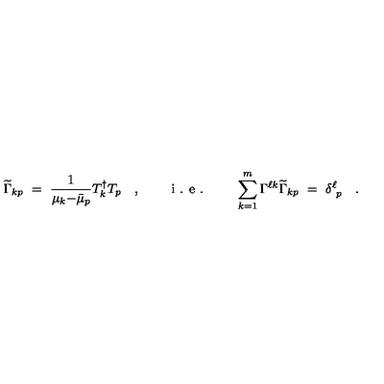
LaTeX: \widetilde { \Gamma } _ { k p } \ = \ \frac { 1 } { \mu _ { k } { - } \bar { \mu } _ { p } } T _ { k } ^ { \dagger } T _ { p } \quad , \qquad \textrm { i . e . } \qquad \sum _ { k = 1 } ^ { m } \Gamma ^ { \ell k } \widetilde { \Gamma } _ { k p } \ = \ \delta _ { \ p } ^ { \ell } \quad .